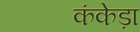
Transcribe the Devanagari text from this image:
कंकेड़ा